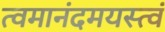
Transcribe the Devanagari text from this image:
त्वमानंदमयस्त्वं